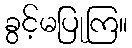
ခွင့်မပြုကြ။